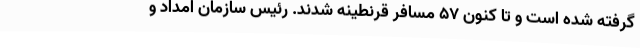
گرفته شده است و تا کنون ۵۷ مسافر قرنطینه شدند. رئیس سازمان امداد و